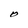
Character: O